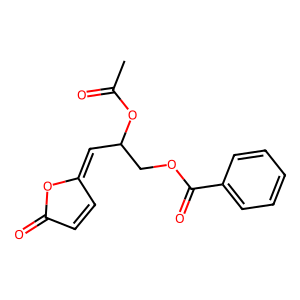
SMILES: CC(=O)OC(C=C1C=CC(=O)O1)COC(=O)c1ccccc1
Inhibits HIV replication: No